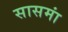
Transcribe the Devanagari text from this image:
सासमां